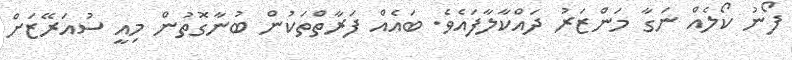
ފޯނު ކޯލެއް ނަގާ މަންޒަރު ދައްކާލާފައެވެ. ބައެއް ފަރާތްތަކުން ބުނާގޮތުން މިއީ ސުއަރޭޒަށް